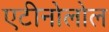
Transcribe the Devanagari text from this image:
एटीनोलोल